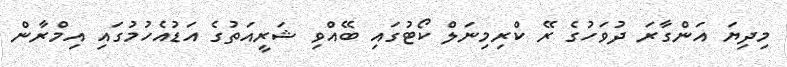
މިދިޔަ އަންގާރަ ދުވަހުގެ ރޭ ކްރިމިނަލް ކޯޓުގައި ބޭއްވި ޝަރީއަތުގެ އަޑުއެހުމުގައި އިމްރާން